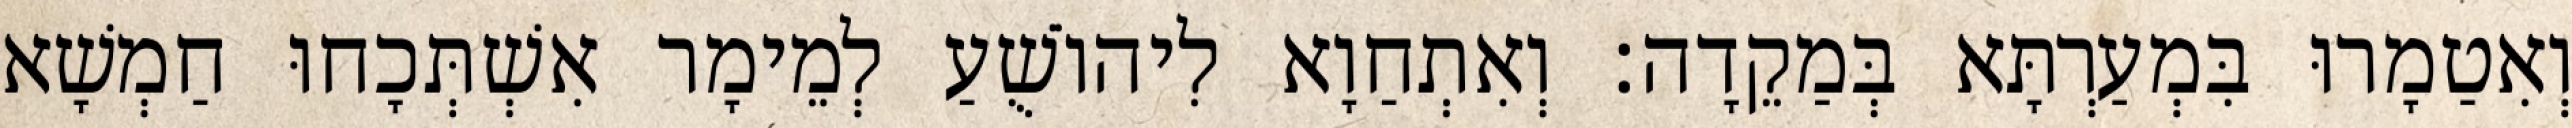
וְאִטַמָרוּ בִּמְעַרְתָּא בְּמַקֵדָה׃ וְאִתְחַוָא לִיהוֹשֻׁעַ לְמֵימָר אִשְׁתְּכָחוּ חַמְשָׁא